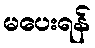
မပေးရန်